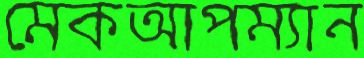
মেকআপম্যান